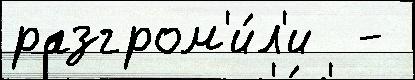
разгром'и́л'и  -